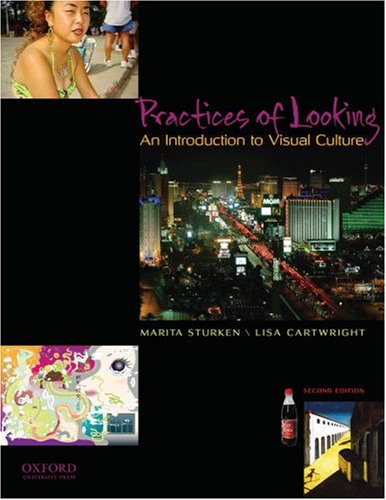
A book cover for Practices of Looking: An Introduction to Visual Culture; Marita Sturken; Arts & Photography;